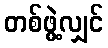
တစ်ဖွဲ့လျှင်